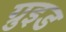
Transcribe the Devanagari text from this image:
ग्रुइड